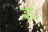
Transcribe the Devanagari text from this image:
र॰